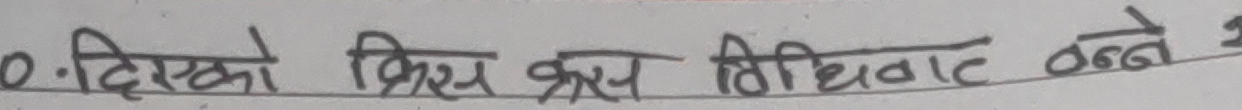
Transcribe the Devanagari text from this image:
०. दिएको फ्रिस क्रस विधिबाट बन्ने